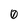
Character: 0